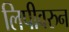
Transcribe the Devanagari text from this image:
लिपीवरुन